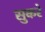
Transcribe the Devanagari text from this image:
सुकरे